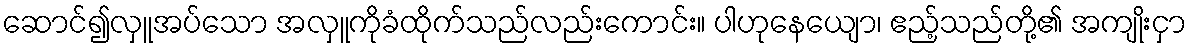
ဆောင်၍လှူအပ်သော အလှူကိုခံထိုက်သည်လည်းကောင်း။ ပါဟုနေယျော၊ ဧည့်သည်တို့၏ အကျိုးငှာ